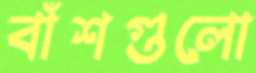
বাঁশগুলো